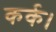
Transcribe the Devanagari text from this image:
कर्क।